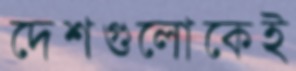
দেশগুলোকেই